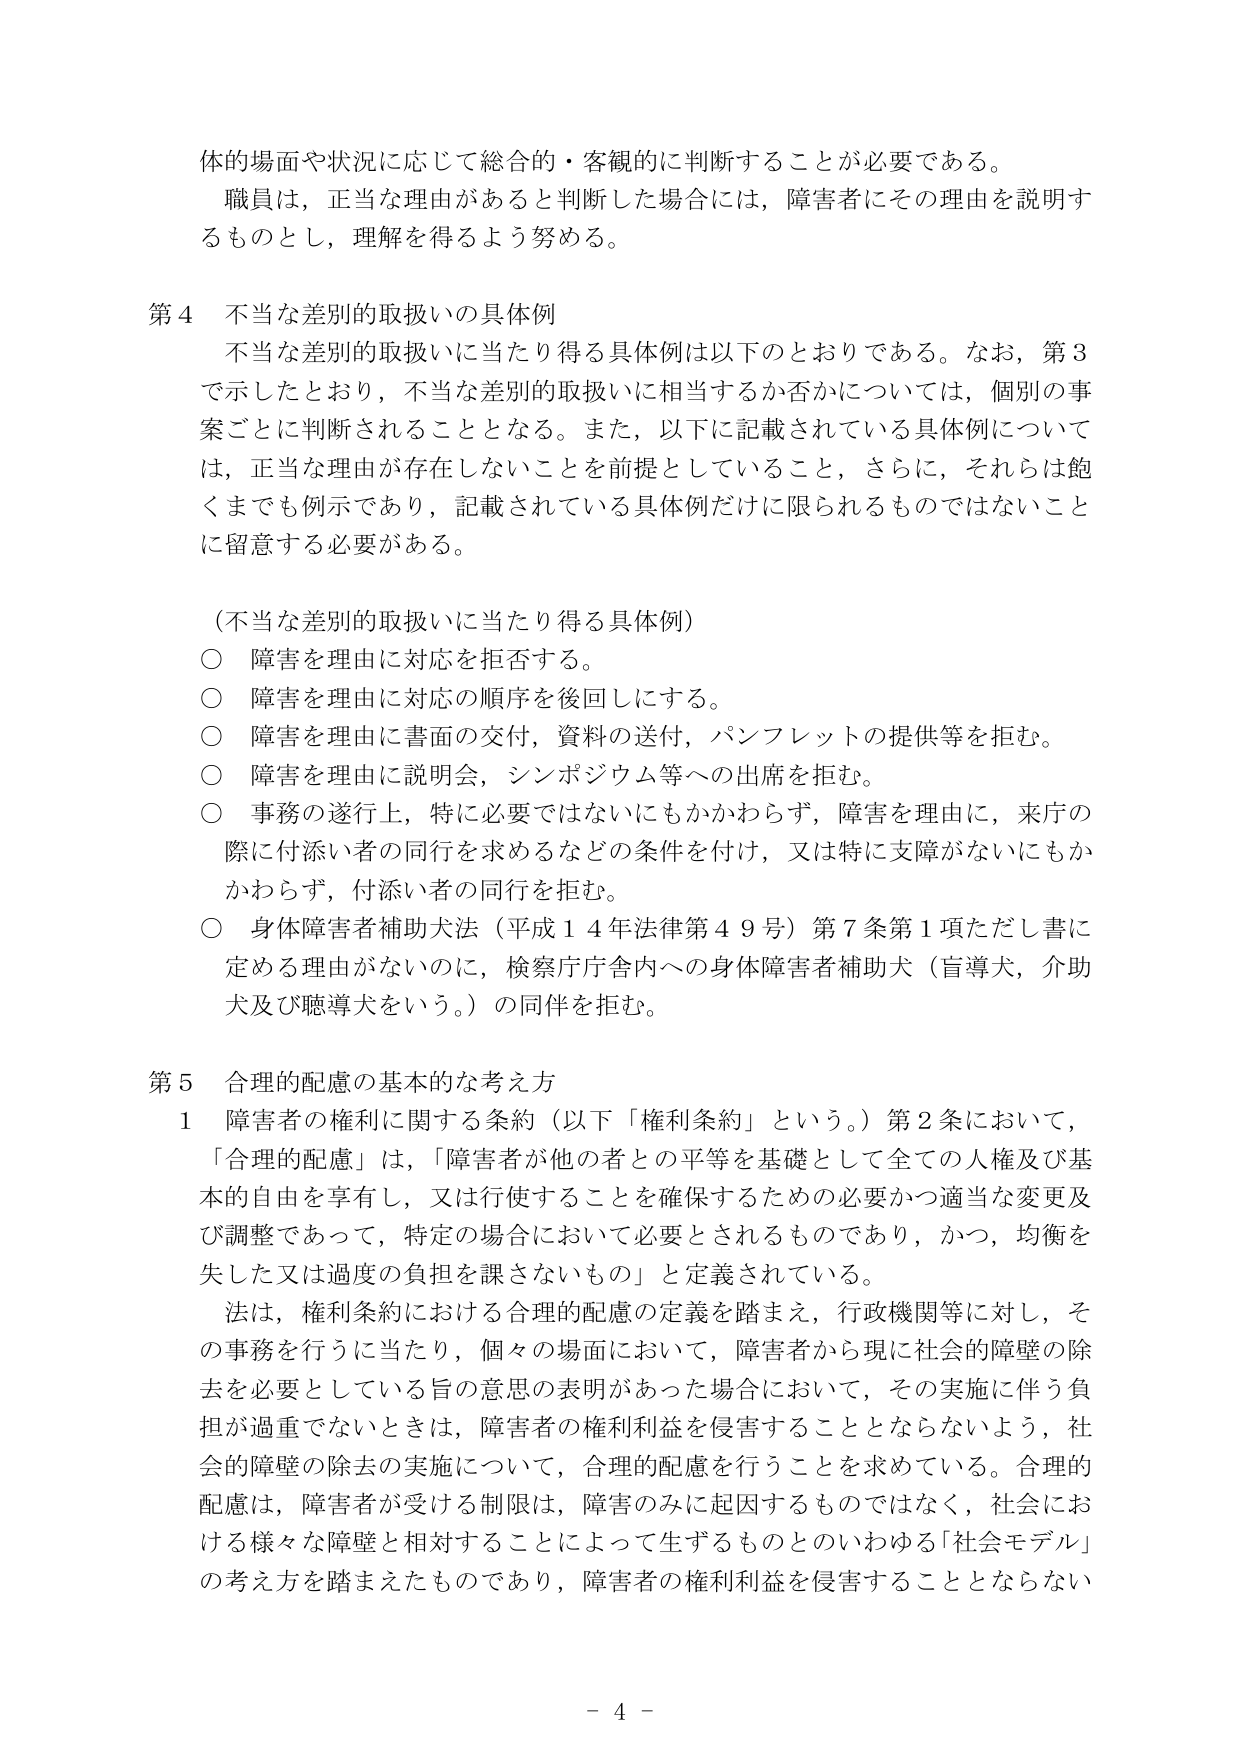
体的場面や状況に応じて総合的・客観的に判断することが必要である。
職員は、正当な理由があると判断した場合には、障害者にその理由を説明するものとし、理解を得るよう努める。

第４ 不当な差別的取扱いの具体例
不当な差別的取扱いに当たり得る具体例は以下のとおりである。なお、第３で示したとおり、不当な差別的取扱いに相当するか否かについては、個別の事案ごとに判断されることとなる。また、以下に記載されている具体例については、正当な理由が存在しないことを前提としていること、さらに、それらは飽くまでも例示であり、記載されている具体例だけに限られるものではないことに留意する必要がある。

（不当な差別的取扱いに当たり得る具体例）
○ 障害を理由に対応を拒否する。
○ 障害を理由に対応の順序を後回しにする。
○ 障害を理由に書面の交付、資料の送付、パンフレットの提供等を拒む。
○ 障害を理由に説明会、シンポジウム等への出席を拒む。
○ 事務の遂行上、特に必要ではないにもかかわらず、障害を理由に、来庁の際に付添い者の同行を求めるなどの条件を付け、又は特に支障がないにもかかわらず、付添い者の同行を拒む。
○ 身体障害者補助犬法（平成１４年法律第４９号）第７条第１項ただし書に定める理由がないのに、検察庁庁舎内への身体障害者補助犬（盲導犬、介助犬及び聴導犬をいう。）の同伴を拒む。

第５ 合理的配慮の基本的な考え方
１ 障害者の権利に関する条約（以下「権利条約」という。）第２条において、「合理的配慮」は、「障害者が他の者との平等を基礎として全ての人権及び基本的自由を享有し、又は行使することを確保するための必要かつ適当な変更及び調整であって、特定の場合において必要とされるものであり、かつ、均衡を失した又は過度の負担を課さないもの」と定義されている。
法は、権利条約における合理的配慮の定義を踏まえ、行政機関等に対し、その事務を行うに当たり、個々の場面において、障害者から現に社会的障壁の除去を必要としている旨の意思の表明があった場合において、その実施に伴う負担が過重でないときは、障害者の権利利益を侵害することとならないよう、社会的障壁の除去の実施について、合理的配慮を行うことを求めている。合理的配慮は、障害者が受ける制限は、障害のみに起因するものではなく、社会における様々な障壁と相対することによって生ずるものとのいわゆる「社会モデル」の考え方を踏まえたものであり、障害者の権利利益を侵害することとならない

－ 4 －